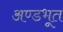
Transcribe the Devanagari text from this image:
अण्डभूत